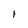
Character: i